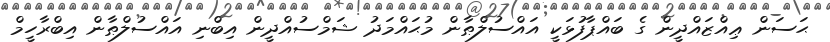
ޙަސަން ޢިއްޒައްދީން ގެ ބައްޕާފުޅަކީ އައްސުލްޠާން މުޙައްމަދު ޝަމްސުއްދީން އިބްނި އައްސުލްޠާން އިބްރާހީމް